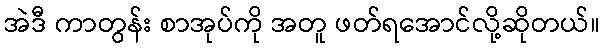
အဲဒီ ကာတွန်း စာအုပ်ကို အတူ ဖတ်ရအောင်လို့ဆိုတယ်။